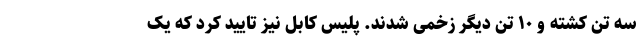
سه تن کشته و ۱۰ تن دیگر زخمی شدند. پلیس کابل نیز تایید کرد که یک